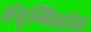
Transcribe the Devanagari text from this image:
संयुग्मितहोता